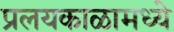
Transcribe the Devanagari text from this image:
प्रलयकाळामध्ये